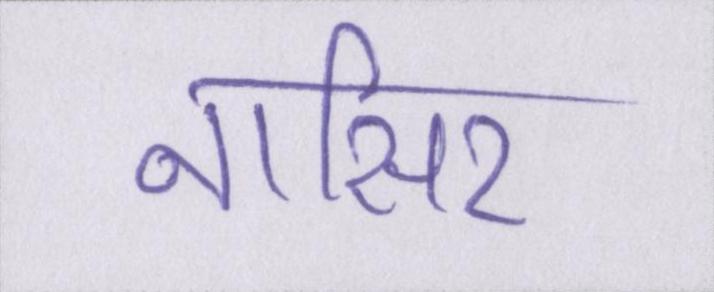
नासिर